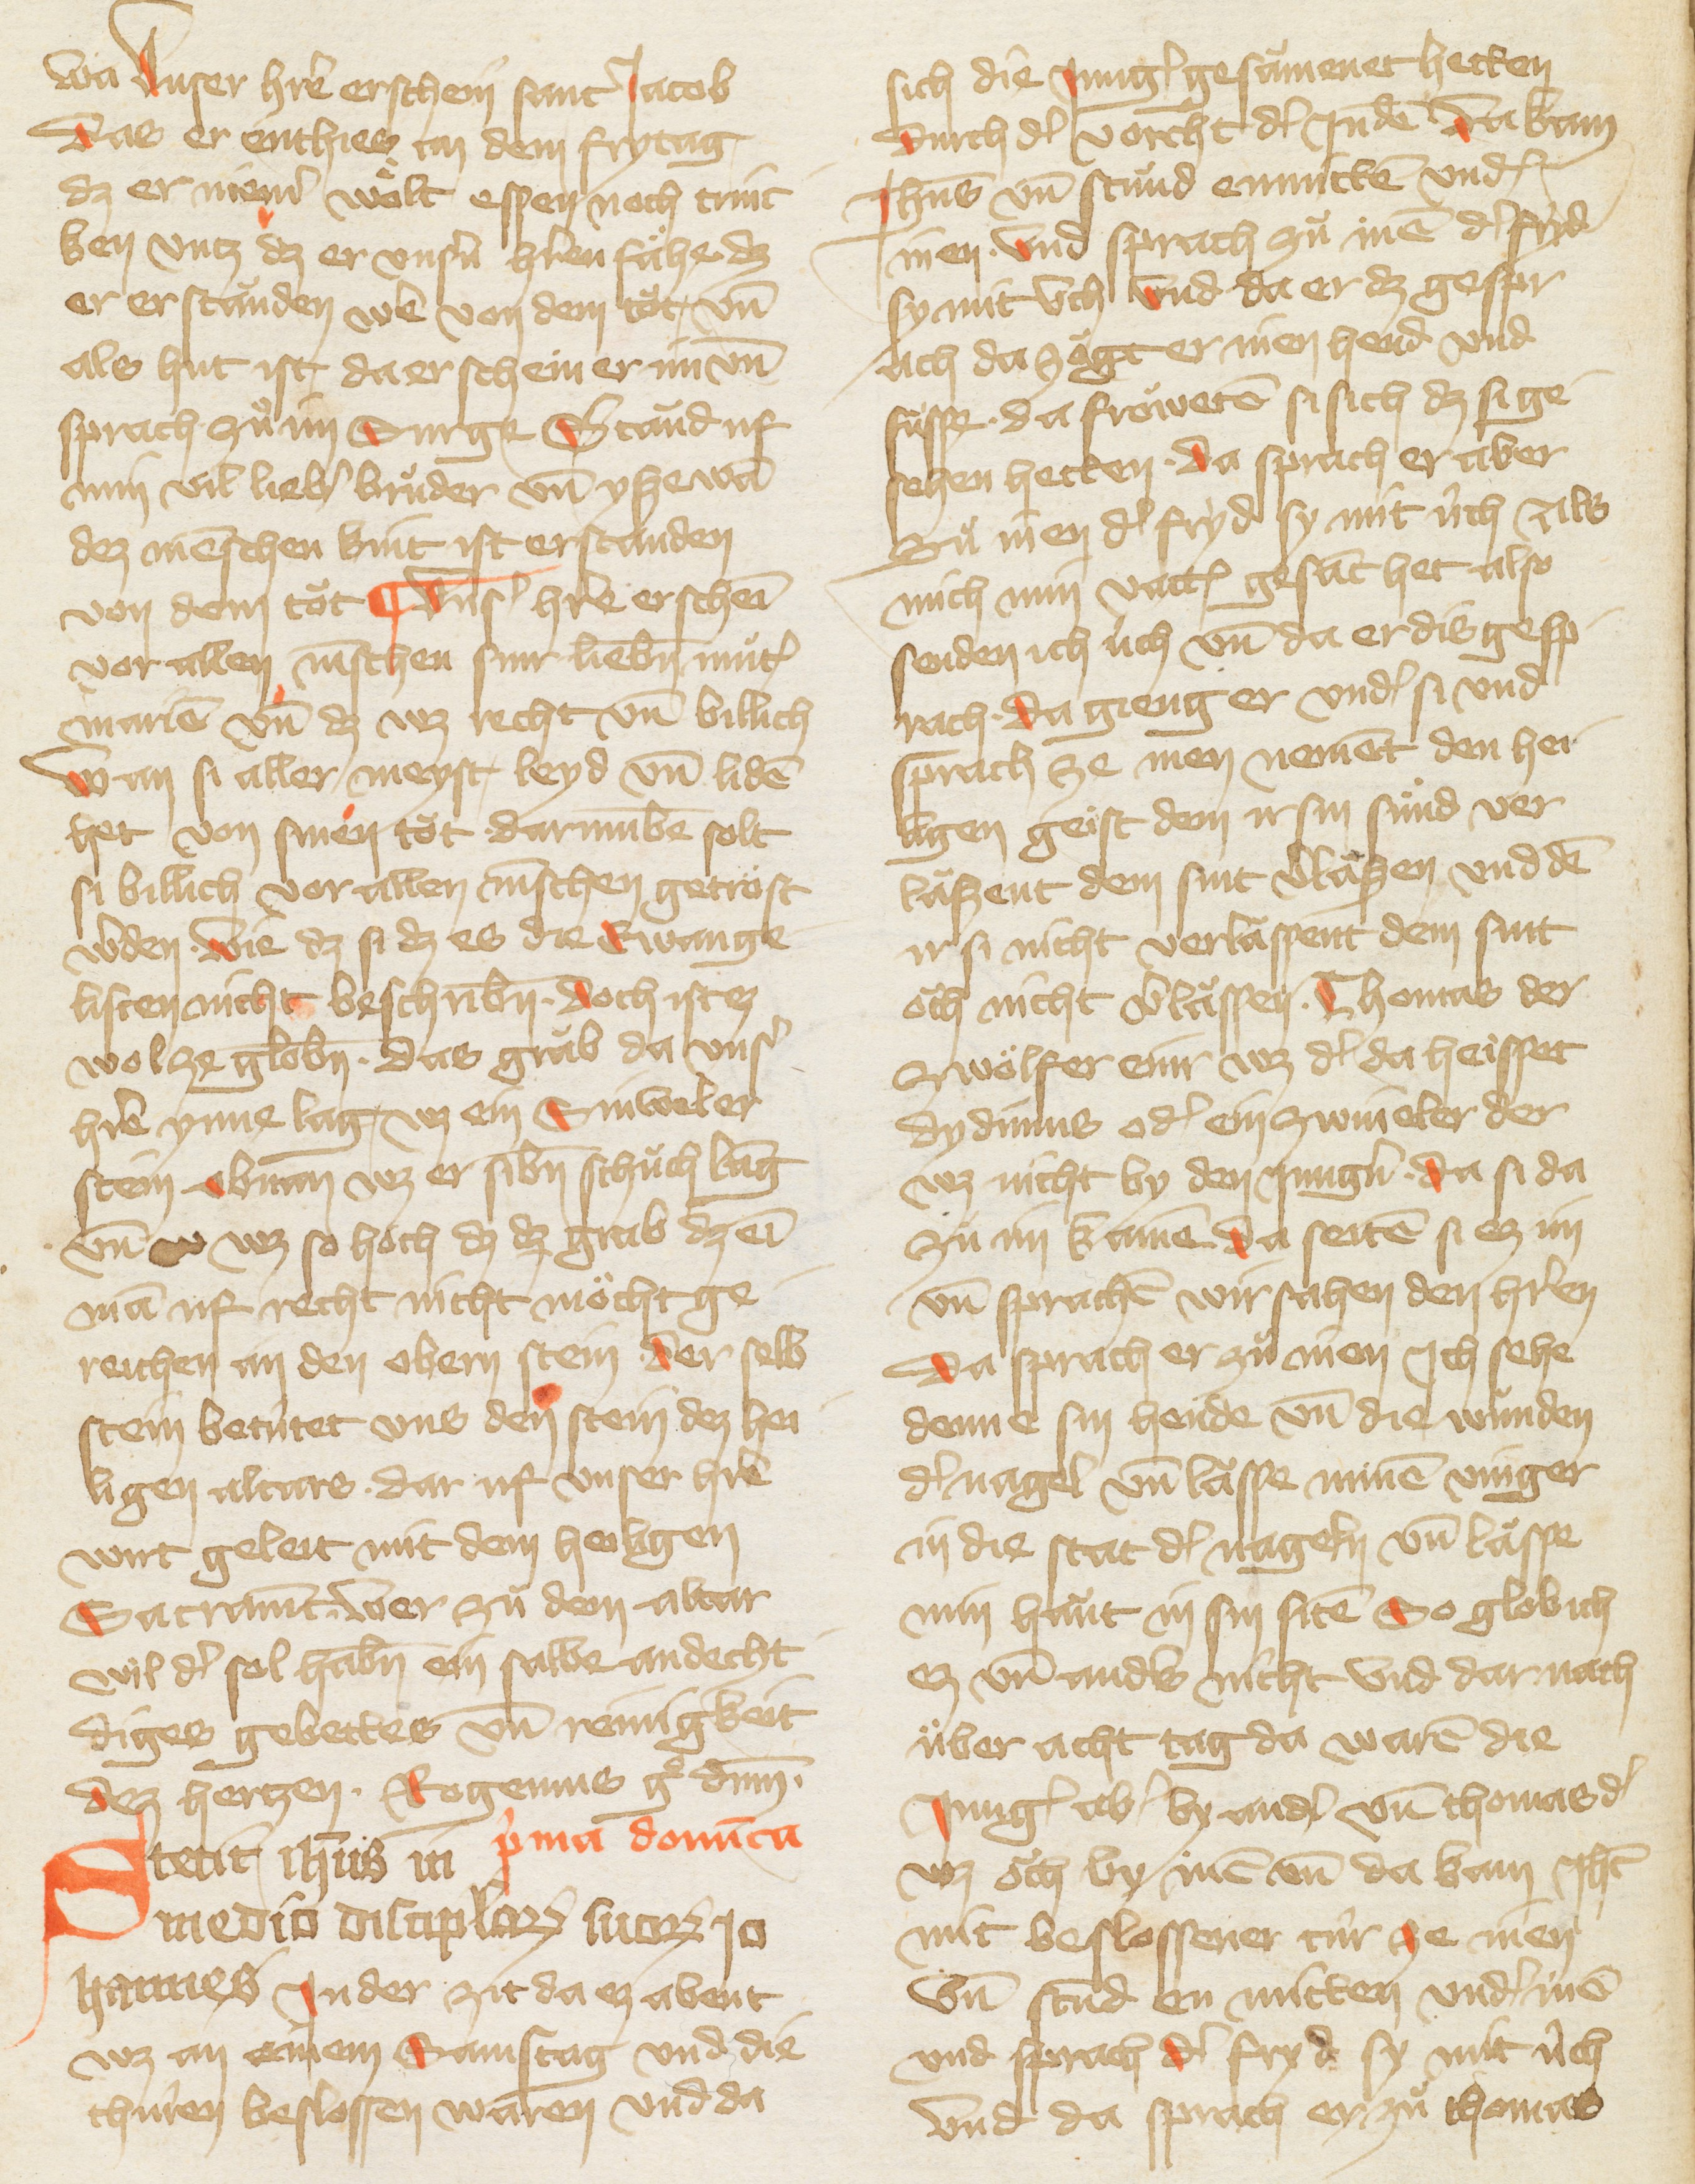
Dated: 1385–1415